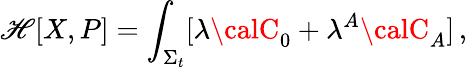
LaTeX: \mathscr{H}[X,P]=\int_{\Sigma_{t}}[\lambda{\calC}_{0}+\lambda^{A}{\calC}_{A}]\, ,